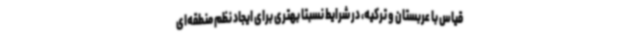
قیاس با عربستان و ترکیه، در شرایط نسبتاً بهتری برای ایجاد نظم منطقه‌ای